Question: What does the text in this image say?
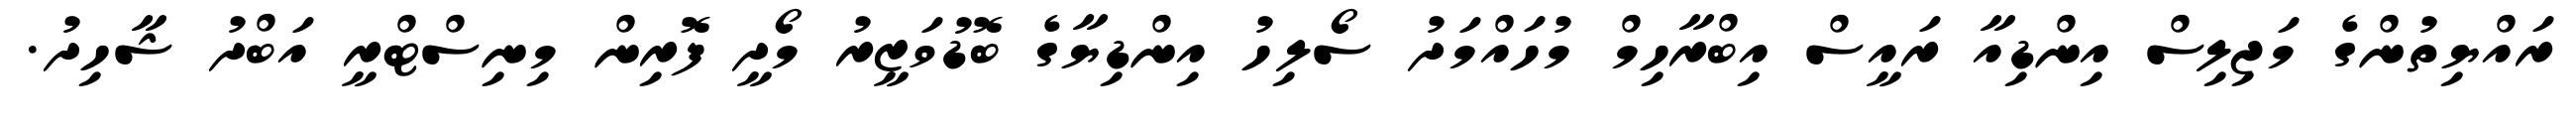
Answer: ރައްޔިތުންގެ މަޖިލިސް އިންޑިއާ ރައީސް އިބްރާހިމް މުހައްމަދު ސޯލިހު އިންޑިޔާގެ ބޮޑުވަޒީރު މޯދީ ފޮރިން މިނިސްޓްރީ އަބްދު ޝާހިދު.